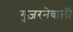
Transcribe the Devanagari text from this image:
गुज़रनेवाली